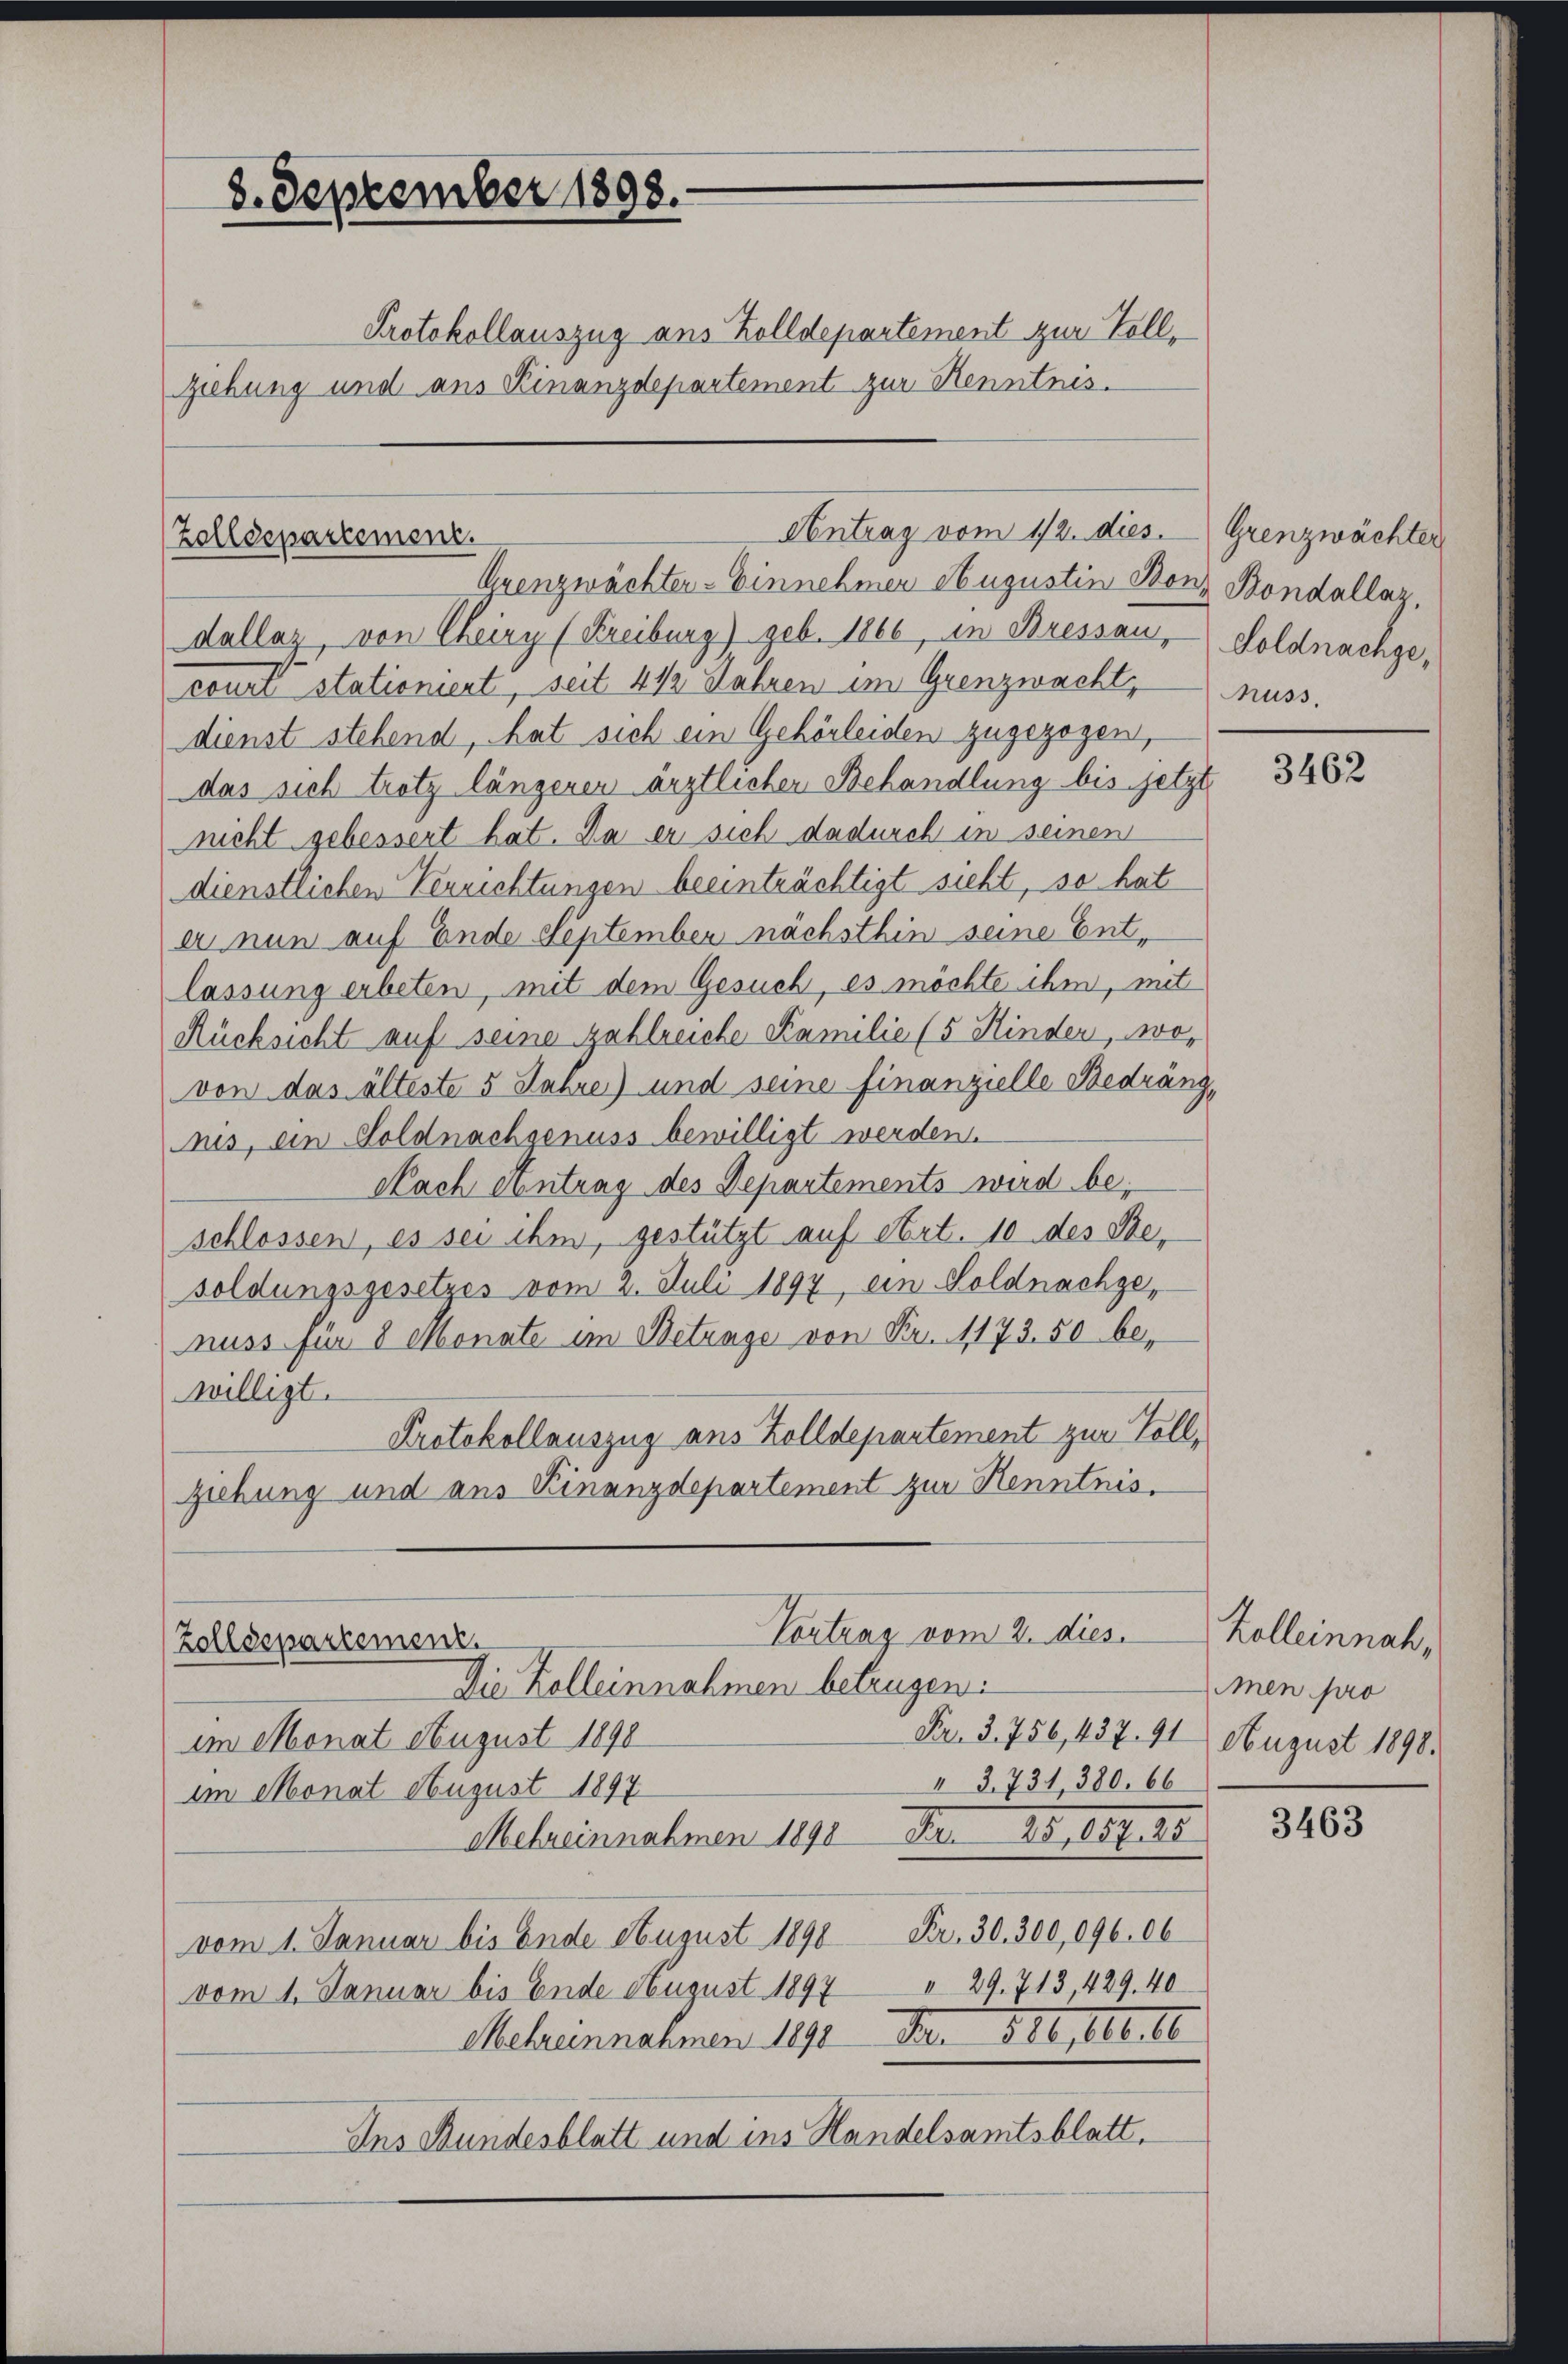
8. September 1898.
Protokollauszug aus Zolldepartement zur Vollziehung und aus Kinanzdepartement zur Kenntnis.

Antrag vom 12. dies. Grenzwächter
Zolldepartement.
Grenzwächter-Einnehmer Augustin Bonz Bondallaz,

Vortrag vom 2. dies
Zolldepartement.

nuss.

dallaz, von Theiry (Freiburg) geb. 1866, in Bressau, Soldnachgecourt stationiert, seit 4 1/2 Jahren im Grenzwacht,
dienst stehend, hat sich ein Gehörleiden zugezogen,
das sich trotz längenen ärztlicher Behandlung bis jetzte
nicht gebessert hat. Da er sich dadurch in seinen
dienstlichen Verrichtungen beeinträchtigt sieht, so hat
er nun auf Ende September nächsthin seine Entlassung erbeten, mit dem Gesuch, es möchte ihm, mit
Rücksicht auf seine zahlreiche Familie (5 Kinden, wovon das älteste 5 Jahre) und seine finanzielle Bedrängnis, ein Soldnachgenuss bewilligt werden.
Nach Eintrag des Departements wird beschlossen, es sei ihm, gestützt auf Art. 10 des Besoldungsgesetzes vom 2. Juli 1897, ein Soldnachgenuss für 8 Monate im Betrage von Fr. 4173. 50 bewilligt.
Protokollauszug aus Zolldepartement zur Vollziehung und aus Kinanzdepartement zur Kenntnis¬

Die Zelleinnahmen betrugen:
Fr. 3. 756, 437. 91 August 1898.
im Monat August 1890
II S. 731, 380. 66
im Monat August 1897
Mehreinnahmen 1890 Fr. 25,857. 25
vom 1. Januar bis Ende August 1898 Fr. 30. 300,096. 06
vom 1. Januar bis Ende August 1897 " 29. 713 429. 40
Melzunnahmen 1891 No 116, 16. 10
Ins Bundesblatt und ins Handelsamtsblatt,

3462

Kolleinnah,
men pro

3463